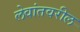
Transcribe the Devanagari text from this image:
लेवांतवरील